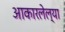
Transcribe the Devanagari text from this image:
आकारलेल्या